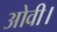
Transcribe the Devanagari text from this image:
ओवी।